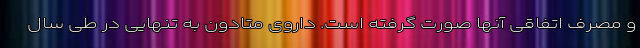
و مصرف اتفاقی آنها صورت گرفته است. داروی متادون به تنهایی در طی سال